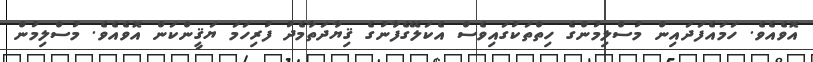
އޮވެއެވެ. ހަމައެފަދައިން މުސްލިމުންގެ ހިތްތަކުގައިވެސް އެކަލޭގެފާނުގެ ޤިޔާދަތާމެދު ފުރިހަމަ ޔަޤީންކަން އޮވެއެވެ. މުސްލިމުން